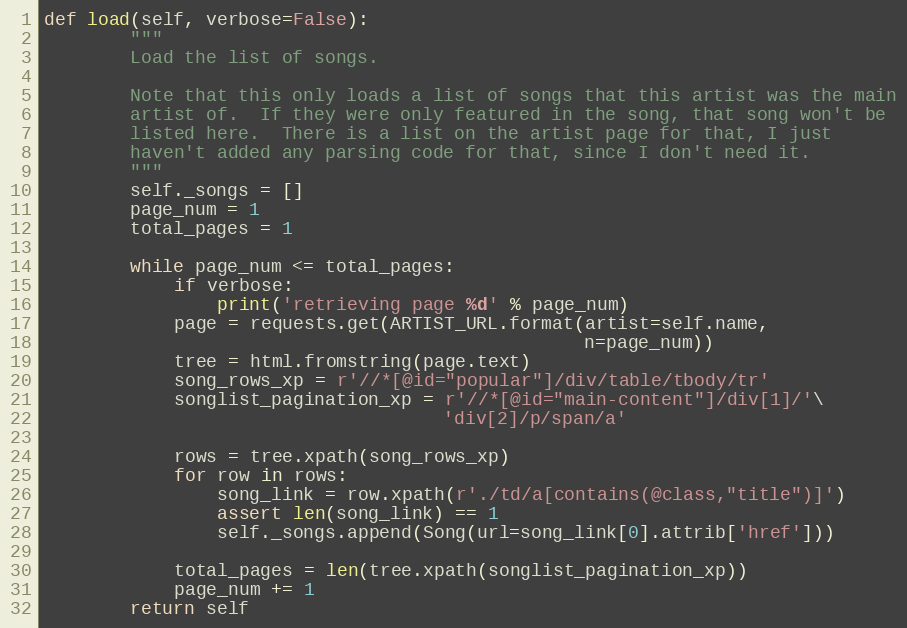
Language: Python
def load(self, verbose=False):
        """
        Load the list of songs.

        Note that this only loads a list of songs that this artist was the main
        artist of.  If they were only featured in the song, that song won't be
        listed here.  There is a list on the artist page for that, I just
        haven't added any parsing code for that, since I don't need it.
        """
        self._songs = []
        page_num = 1
        total_pages = 1

        while page_num <= total_pages:
            if verbose:
                print('retrieving page %d' % page_num)
            page = requests.get(ARTIST_URL.format(artist=self.name,
                                                  n=page_num))
            tree = html.fromstring(page.text)
            song_rows_xp = r'//*[@id="popular"]/div/table/tbody/tr'
            songlist_pagination_xp = r'//*[@id="main-content"]/div[1]/'\
                                     'div[2]/p/span/a'

            rows = tree.xpath(song_rows_xp)
            for row in rows:
                song_link = row.xpath(r'./td/a[contains(@class,"title")]')
                assert len(song_link) == 1
                self._songs.append(Song(url=song_link[0].attrib['href']))

            total_pages = len(tree.xpath(songlist_pagination_xp))
            page_num += 1
        return self